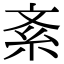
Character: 紊